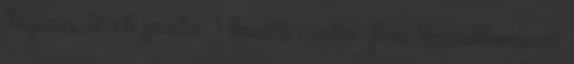
tejszín, 2 ek pesto, 1 kisebb csokor friss bazsalikomlevél,